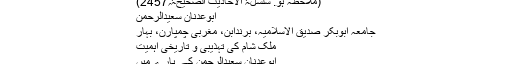
(ملاحظہ ہو: سلسلۃ الأحادیث الصحیحۃ؍2457)
ابوعدنان سعیدالرحمن
جامعہ ابوبکر صدیق الاسلامیہ، برندابن، مغربی چمپارن، بہار
ملک شام کی تہذیبی و تاریخی اہمیت
ابوعدنان سعیدالرحمن کے بارے میں